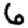
Digit: 6